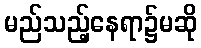
မည်သည့်နေရာ၌မဆို